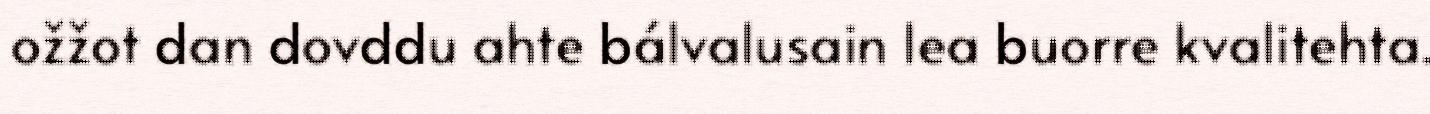
ožžot dan dovddu ahte bálvalusain lea buorre kvalitehta.